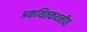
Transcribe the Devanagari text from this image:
अकथितकथनीय